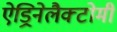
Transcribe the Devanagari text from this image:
ऐड्रिनेलैक्टोमी